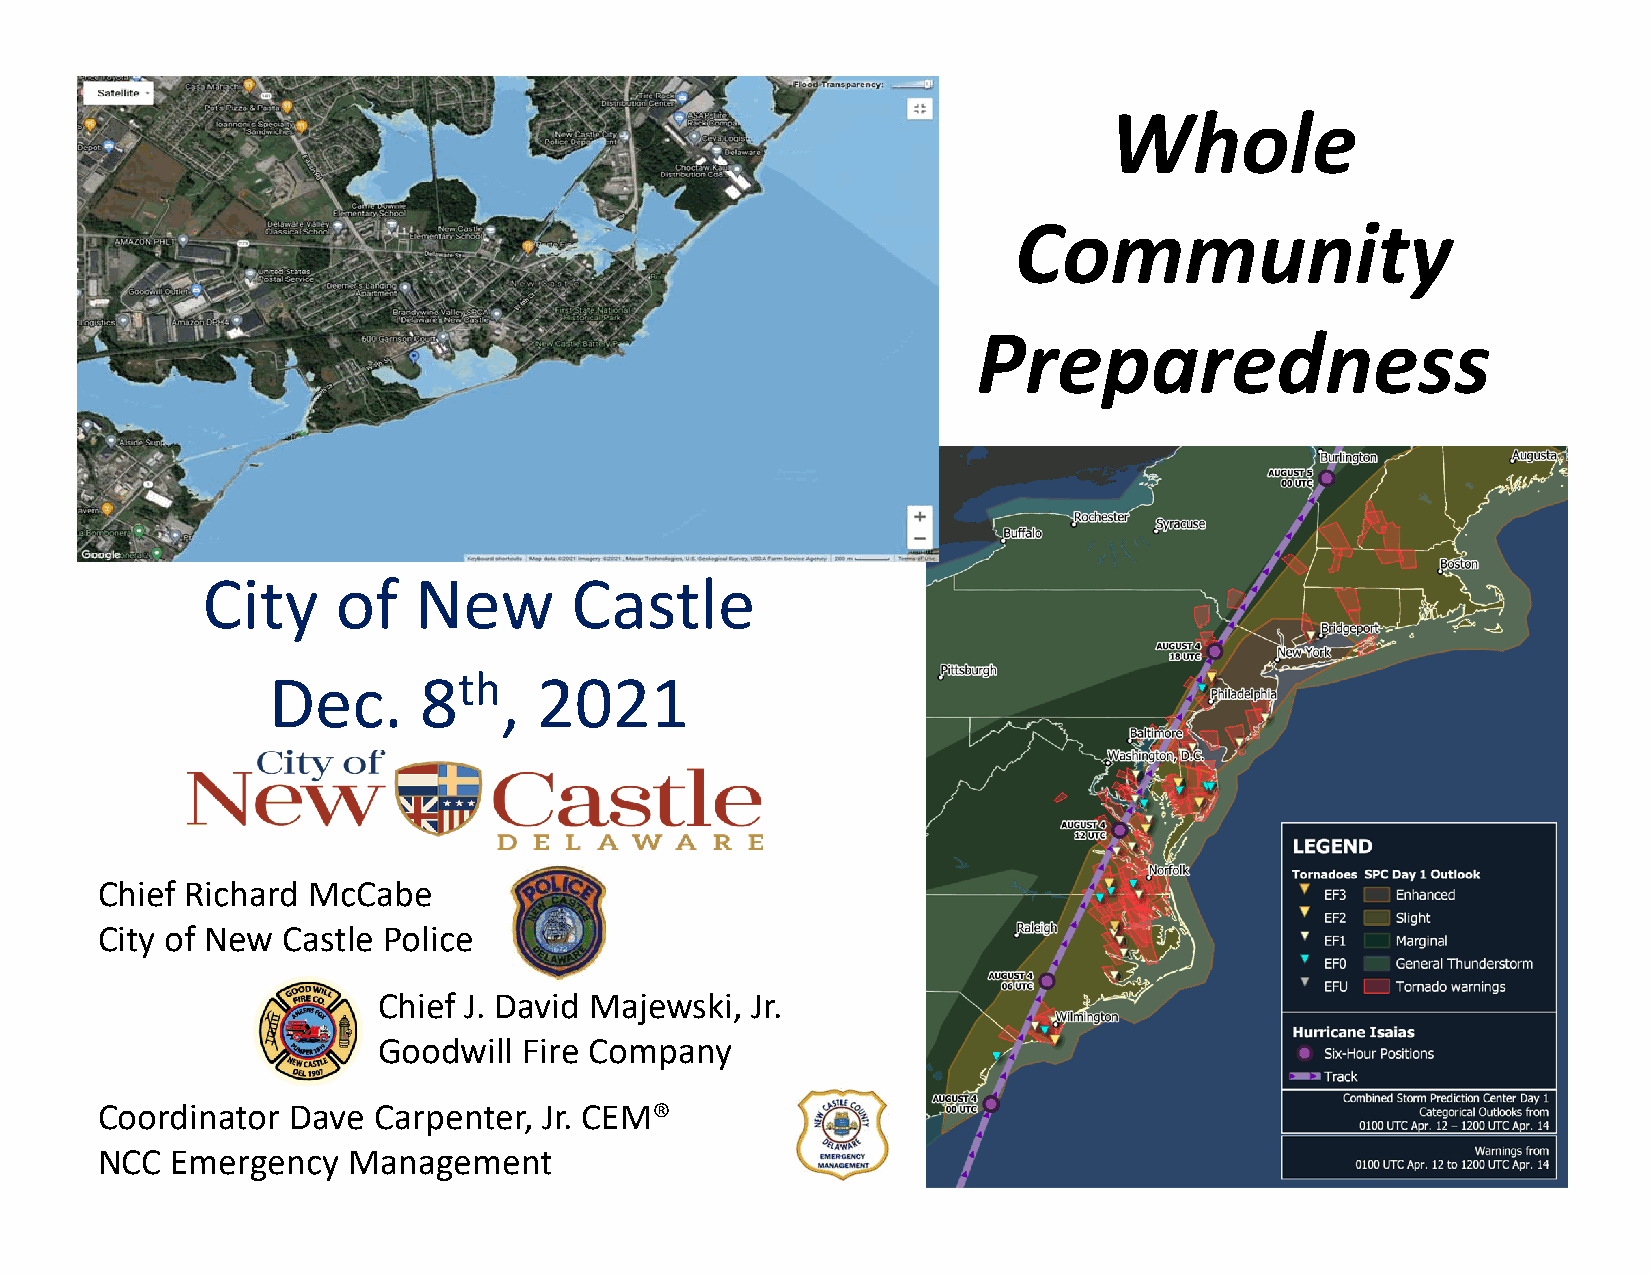
Whole
 Community
 Preparedness
 City     of   New        Castle
 Dec.      8th,    2021
 Chief Richard McCabe
 City of New  Castle Police
 Chief J. David Majewski, Jr.
 Goodwill  Fire Company
 Coordinator  Dave  Carpenter, Jr. CEM®
 NCC  Emergency   Management